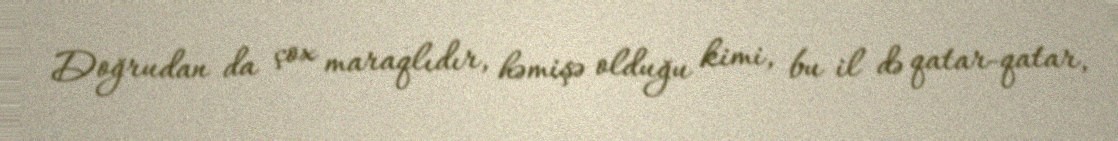
Doğrudan da çox maraqlıdır, həmişə olduğu kimi, bu il də qatar-qatar,